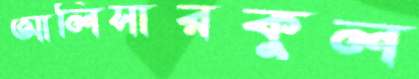
আলিসারকুল